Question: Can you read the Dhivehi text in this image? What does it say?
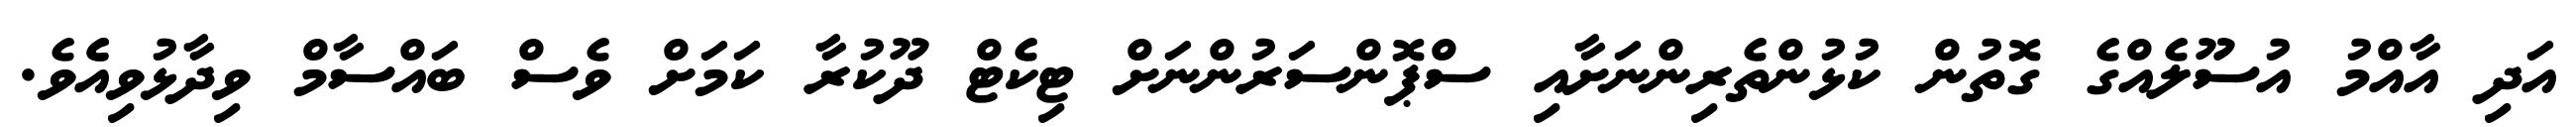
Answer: އަދި އާއްމު އުސޫލެއްގެ ގޮތުން ކުޅުންތެރިންނަށާއި ސްޕޮންސަރުންނަށް ޓިކެޓް ދޫކުރާ ކަމަށް ވެސް ބައްސާމް ވިދާޅުވިއެެވެ.